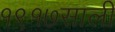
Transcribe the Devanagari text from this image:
१९१७साली